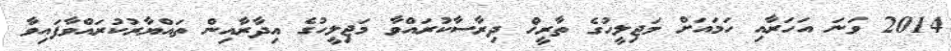
2014 ވަނަ އަހަރާއި ހަމައަށް މަޖިލީހުގެ ތާރީޚް ދިރާސާކުރައްވާ މަޖިލީހުގެ އިދާރާއިން ތައްޔާރުކުރައްވާފައިވާ